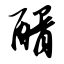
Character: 醑